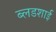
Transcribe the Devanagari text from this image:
ब्लडशाई